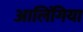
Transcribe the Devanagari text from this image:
आलिंगिया